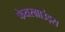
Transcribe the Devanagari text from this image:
फेयरग्राउंड्स